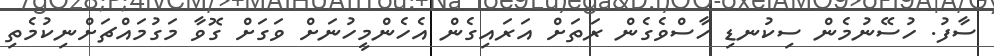
ސާފު. ހުސޭނުމެން ސިކުނޑި ހާސްވެގެން ރަތަށް އަރައިގެން އެހެންމީހުނަށް ވަގަށް ގޮވާ މަގުމައްޗަށްނިކުމެތި